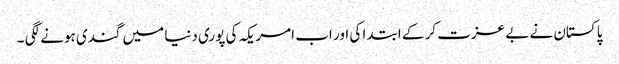
پاکستان نے بے عزت کر کے ابتدا کی اور اب امریکہ کی پوری دنیا میں گندی ہونے لگی ۔